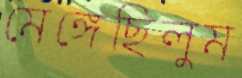
মেঙ্গেছিলুম